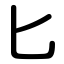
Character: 匕